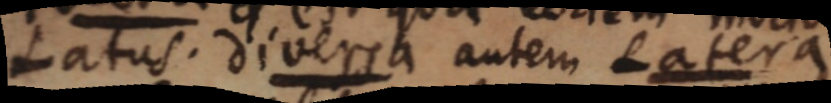
Latus. diversa autem Latera